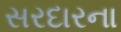
સરદારના